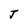
Character: J